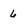
Character: 6